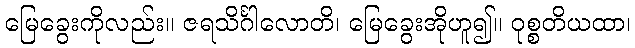
မြေခွေးကိုလည်း။ ဇရသိင်္ဂါလောတိ၊ မြေခွေးအိုဟူ၍။ ဝုစ္စတိယထာ၊